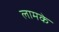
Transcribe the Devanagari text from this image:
लामके